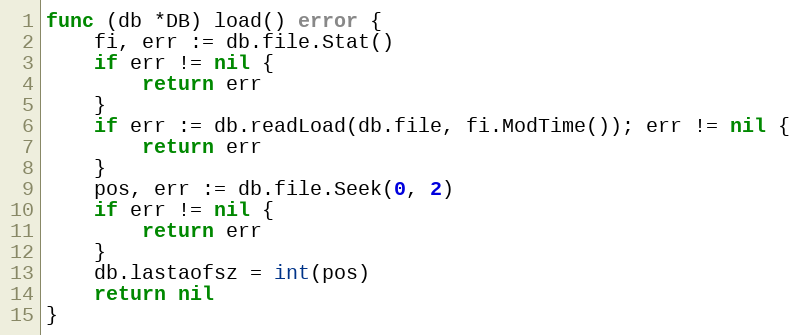
Language: Go
func (db *DB) load() error {
	fi, err := db.file.Stat()
	if err != nil {
		return err
	}
	if err := db.readLoad(db.file, fi.ModTime()); err != nil {
		return err
	}
	pos, err := db.file.Seek(0, 2)
	if err != nil {
		return err
	}
	db.lastaofsz = int(pos)
	return nil
}